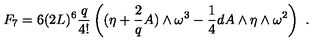
F _ { 7 } = 6 ( 2 L ) ^ { 6 } \frac { q } { 4 ! } \left( ( \eta + \frac { 2 } { q } A ) \wedge \omega ^ { 3 } - \frac { 1 } { 4 } d A \wedge \eta \wedge \omega ^ { 2 } \right) \ .